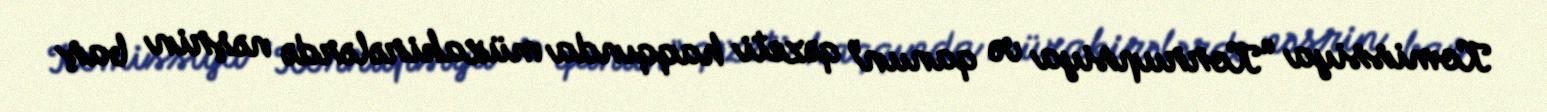
Komissiya “Korrupsiya və qanun” qəzeti haqqında müzakirələrdə nəşrin baş